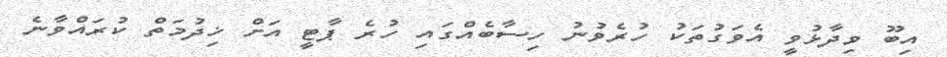
އިބޫ ވިދާޅުވީ އެވަގުތަކު ހުރެވުނު ހިސާބެއްގައި ހުރެ ޕާޓީ އަށް ޚިދުމަތް ކުރައްވާނެ